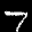
Label: 7